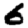
Digit: 6